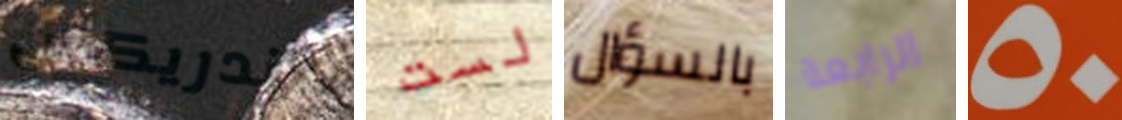
هندريكس لست بالسؤال الرابعة 50